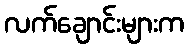
လက်ချောင်းများက